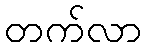
တက်လာ